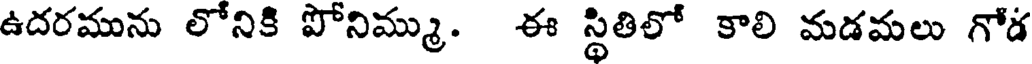
ఉదరమును లోనికి పోనిమ్ము. ఈ స్థితిలో కాలి మడమలు గోడ